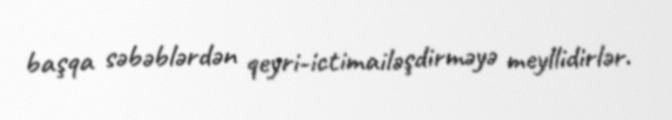
başqa səbəblərdən qeyri-ictimailəşdirməyə meyllidirlər.